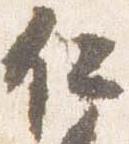
仁